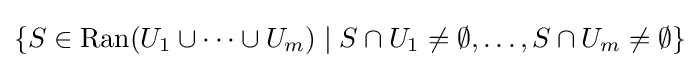
\{S\in \operatorname {Ran} (U_{1}\cup \dots \cup U_{m})\mid S\cap U_{1}\neq \emptyset ,\dots ,S\cap U_{m}\neq \emptyset \}